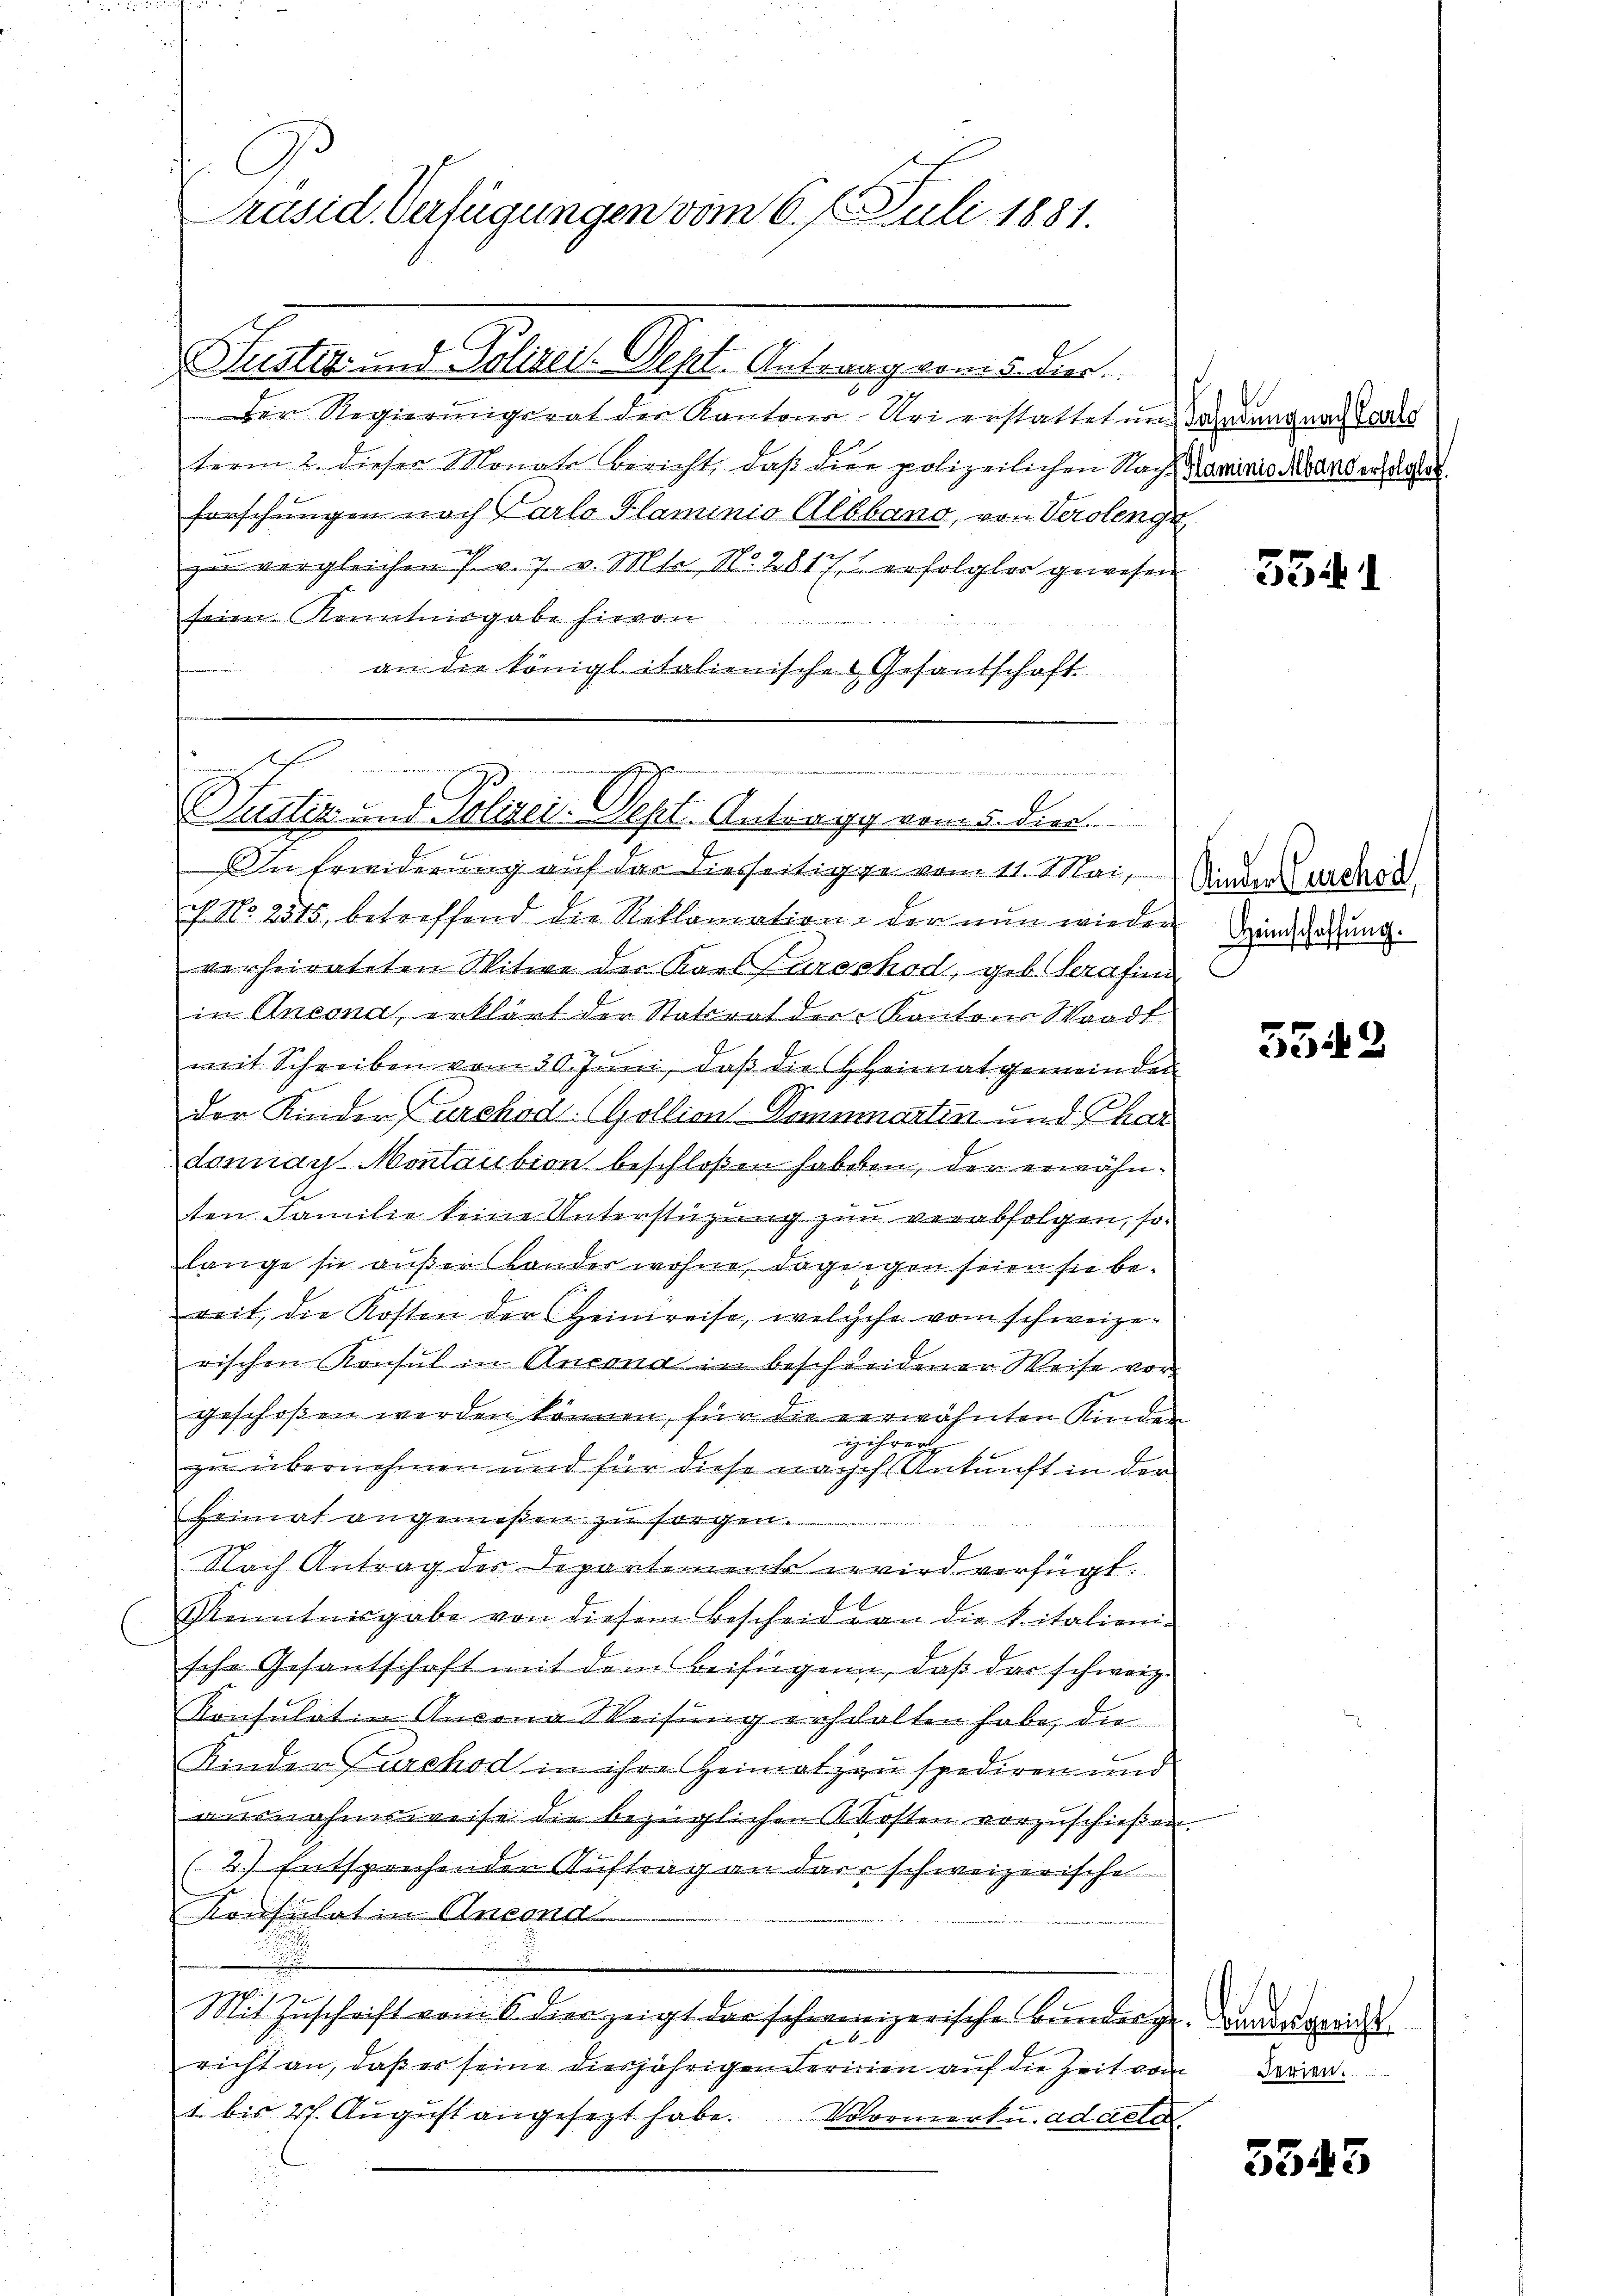
G
Präsid. Verfügungen vom 6. 7. Juli 1881.

Der Regierungsrat der Kantone Uri erstattet und dardung nach Vors
term 2. dieser Monats Bericht, daβ die polizeilichen Nach Kaminis Manderholen
forschungen nach Parlo Flaminio Albband, von Verolengr
zu vergleichen P. v. J. v. Mts., No. 28177 erfolglos gewesen
feien. Kenntnisgabe hievon
an die königl italienische Gesantschaft

Justiz- und Polizeit. Sept. Antrag vom 5. der

Justiz und Polizei-Dept. Antrage vom 5. die

in Erwiderung auf das Diesseitige vom 11. Mai,
c. No. 2515, betreffend die Reklamation der nun wieder Sandschaftung.
verheirateten Witwe der Karburschod, geb. Serafini
in Ansona, erklärt der Statirat der Kantons Waadt
mit Schreiben vom 30. Jŭni, daß die HHeimatgemeinden
der Kinder Carchod (Zollion Dominartin und Char
donnaÿ Montaution beschloßen habeten, der erwähnbergenden
ten Familie keine Unterstüzung zum verabfolgen, so
lange sie außer Lander wohne, dagegen seien sie beweit, die Kosten der Heimreise, welchehe vom schweizerischen Konsul in Ancona in beschleidener Weise vor
geschoßen werden können, für die verwähnten Kinden
iihrer
zu übernehmen und für diese nach Ankunft in der
Heimat angemeßen zu sorgen.
Nach Antrag der Departement wird verfügt.
1
Kenntnisgabe von diesem Bescheid von die k. italieni-
sche Gesantschaft mit dem Beifügen, daß das schweiz.
Konsulat in Ansona Weisung erschalten habe, die
Kinder Furchod in ihre Heimat zu spediren und
ausnahmsweise die bezüglichen Akosten vorzuschießen.
(2.) Entsprechenden Auftrag an das schweizerische
.
Konsulat in Ansond
.
Mit Zuschrift vom 6. dierzeigt das schwereizerische Bunderge andesgericht
.
richt an, daß es seine diesjährigen Ferien auf die Zeit von d
1. bis 27. Aŭgŭst angesezt habe. Vormerk. adaeld.

3541

Kinder Gerchod

5542

3543